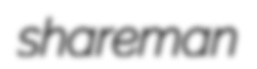
shareman